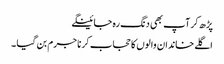
پڑھ کر آپ بھی دنگ رہ جائینگے
اگلے خاندان والوں کا حجاب کرنا جرم بن گیا ۔